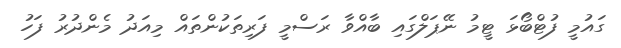
ގައުމީ ފުޓްބޯޅަ ޓީމު ނޭޕަލްގައި ބާއްވާ ރަސްމީ ފަރިތަކުންތައް މިއަދު މެންދުރު ފަހު